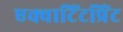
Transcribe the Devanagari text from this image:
एक्वाटिंटप्रिंट